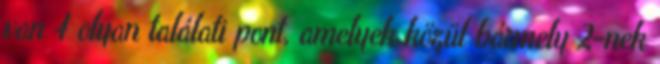
van 4 olyan találati pont, amelyek közül bármely 2-nek